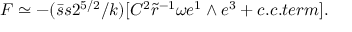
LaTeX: F \simeq - ( \bar { s } s 2 ^ { 5 / 2 } / k ) [ C ^ { 2 } \tilde { r } ^ { - 1 } \omega e ^ { 1 } \wedge e ^ { 3 } + c . c . t e r m ] .